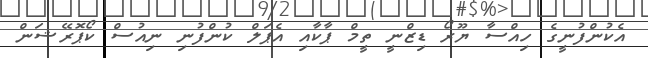
އެކުންފުނީގެ ހިއްސާ ޔޫރޯ ޑިޒްނީ ތީމް ޕާކާއި އެޕަލް ކުންފުނި ނިއުސް ކޯޕޮރޭޝަން